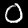
Label: 0